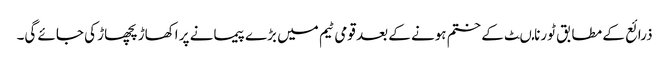
ذرائع کے مطابق ٹورنامںٹ کے ختم ہونے کے بعد قومی ٹیم میں بڑے پیمانے پر اکھاڑ پچھاڑ کی جائے گی۔